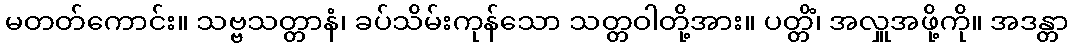
မတတ်ကောင်း။ သဗ္ဗသတ္တာနံ၊ ခပ်သိမ်းကုန်သော သတ္တဝါတို့အား။ ပတ္တိံ၊ အလှူအဖို့ကို။ အဒန္တာ